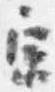
宗